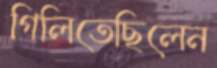
গিলিতেছিলেন